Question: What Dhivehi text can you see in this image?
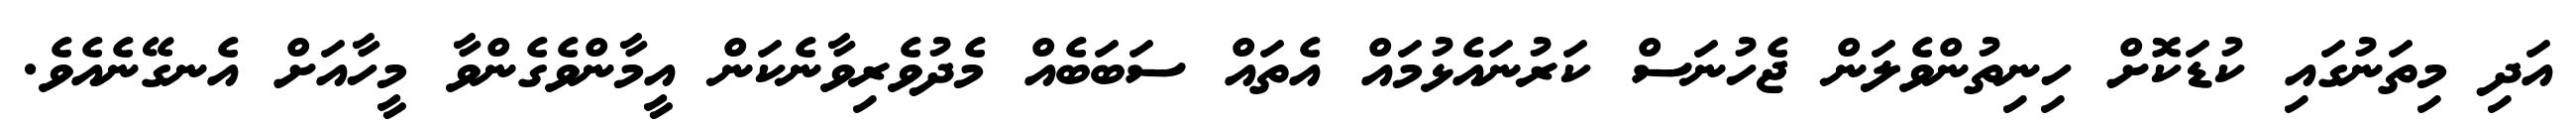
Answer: އަދި މިތަނުގައި ކުޑަކޮށް ހިނިތުންވެލަން ޖެހުނަސް ކަރުނައެޅުމައް އެތައް ސަބަބެއް މެދުވެރިވާނެކަން އީމާންވެގެންވާ މީހާއަށް އެނގޭނެއެވެ.